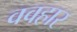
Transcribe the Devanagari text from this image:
ववहार